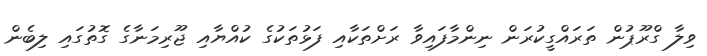
ވިލާ ގްރޫޕުން ތަރައްގީކުރަން ނިންމާފައިވާ ރަށްތަކާއި ފަޅުތަކުގެ ކުއްޔާއި ޖޫރިމަނާގެ ގޮތުގައި ލިބެން